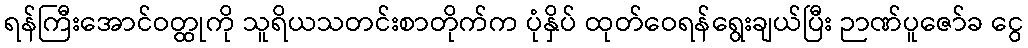
ရန်ကြီးအောင်ဝတ္ထုကို သူရိယသတင်းစာတိုက်က ပုံနှိပ် ထုတ်ဝေရန်ရွေးချယ်ပြီး ဉာဏ်ပူဇော်ခ ငွေ